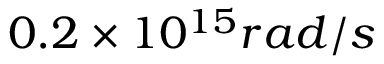
0 . 2 \times 1 0 ^ { 1 5 } r a d / s